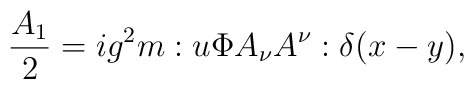
\frac{A_1}{2}= ig^2m:u\Phi A_\nu A^\nu :\delta (x-y),